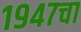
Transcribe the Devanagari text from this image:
१९४७चा